Lunatic asylums Madras 1877-1891 - 1877-1891
Year: 1877
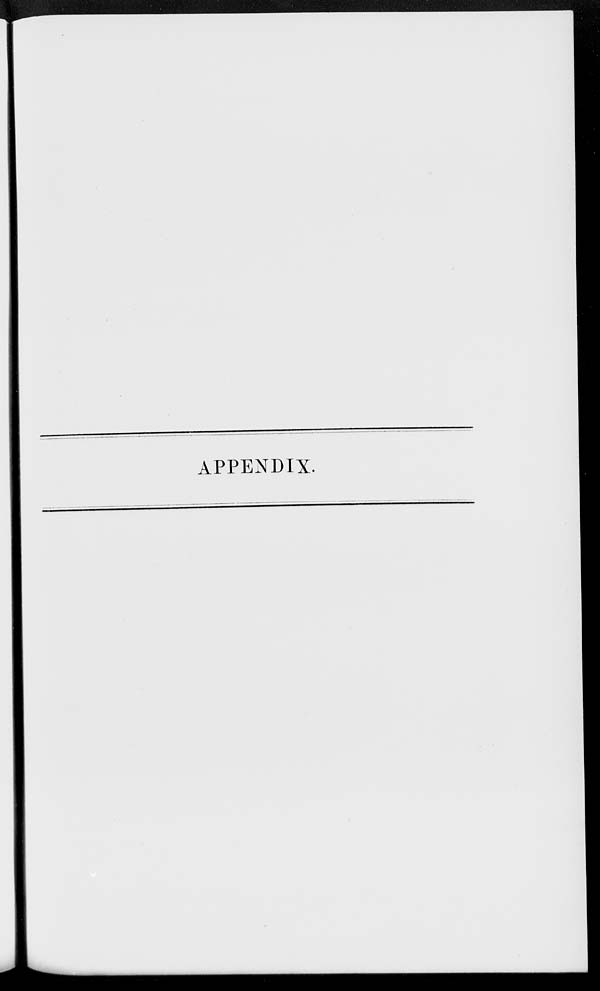
APPENDIX.